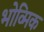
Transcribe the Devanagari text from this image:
भोव्मिक